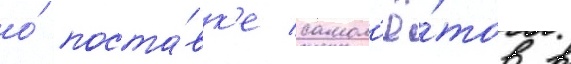
о́ поста́вк'е самол'ё́тов в